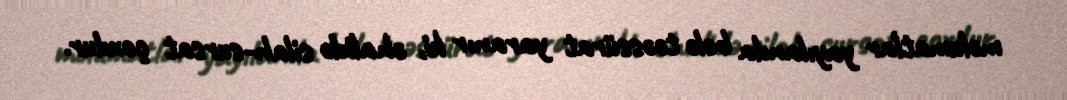
məlumatlar yayılanda belə təəssürat yaranır ki, əhalidə silah-sursat çoxdur.